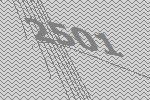
2501